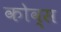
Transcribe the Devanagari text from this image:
कोव्स